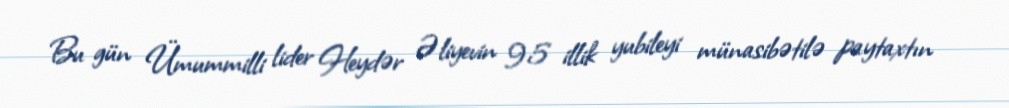
Bu gün Ümummilli lider Heydər Əliyevin 95 illik yubileyi münasibətilə paytaxtın